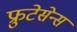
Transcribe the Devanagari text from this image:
फ्रुटेसेन्स